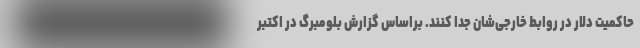
حاکمیت دلار در روابط خارجی‌شان جدا کنند. براساس گزارش بلومبرگ در اکتبر